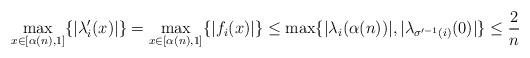
LaTeX: \begin{align*}\max_{x\in[\alpha(n),1]}\{|\lambda_i'(x)|\}=\max_{x\in[\alpha(n),1]}\{|f_i(x)|\}\leq\max\{|\lambda_i(\alpha(n))|,|\lambda_{\sigma'^{-1}(i)}(0)|\}\leq \frac{2}{n}\end{align*}